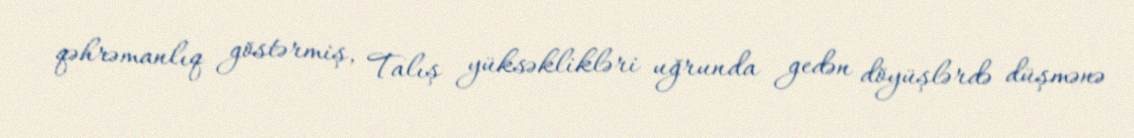
qəhrəmanlıq göstərmiş, Talış yüksəklikləri uğrunda gedən döyüşlərdə düşmənə